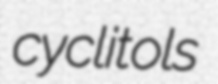
cyclitols